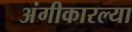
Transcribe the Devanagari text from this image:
अंगीकारल्या